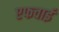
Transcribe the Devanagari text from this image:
एफवाई